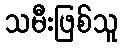
သမီးဖြစ်သူ